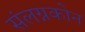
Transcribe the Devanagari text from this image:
संलग्नकोन